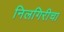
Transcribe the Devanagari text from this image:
निलगिरीचा